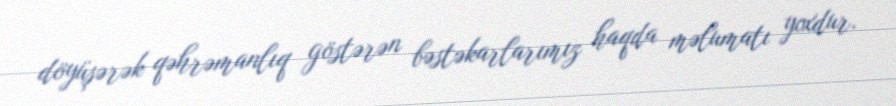
döyüşərək qəhrəmanlıq göstərən bəstəkarlarımız haqda məlumatı yoxdur.